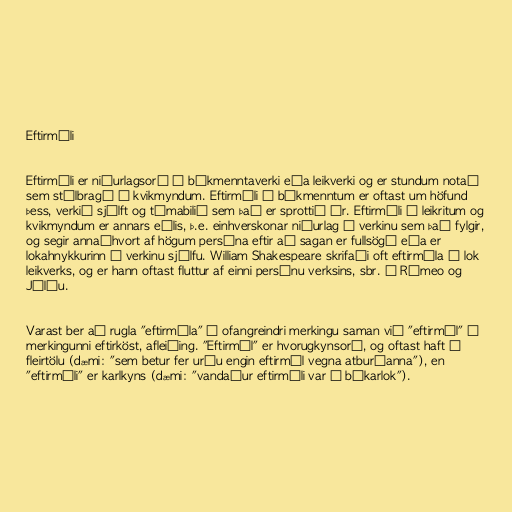
Eftirmáli

Eftirmáli er niðurlagsorð á bókmenntaverki eða leikverki og er stundum notað
sem stílbragð í kvikmyndum. Eftirmáli í bókmenntum er oftast um höfund
þess, verkið sjálft og tímabilið sem það er sprottið úr. Eftirmáli í leikritum og
kvikmyndum er annars eðlis, þ.e. einhverskonar niðurlag á verkinu sem það fylgir,
og segir annaðhvort af högum persóna eftir að sagan er fullsögð eða er
lokahnykkurinn á verkinu sjálfu. William Shakespeare skrifaði oft eftirmála í lok
leikverks, og er hann oftast fluttur af einni persónu verksins, sbr. í Rómeo og
Júlíu.

Varast ber að rugla "eftirmála" í ofangreindri merkingu saman við "eftirmál" í
merkingunni eftirköst, afleiðing. "Eftirmál" er hvorugkynsorð, og oftast haft í
fleirtölu (dæmi: "sem betur fer urðu engin eftirmál vegna atburðanna"), en
"eftirmáli" er karlkyns (dæmi: "vandaður eftirmáli var í bókarlok").